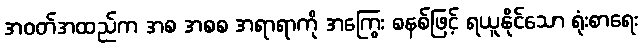
အဝတ်အထည်က အစ အစစ အရာရာကို အကြွေး စနစ်ဖြင့် ရယူနိုင်သော ရုံးစာရေး